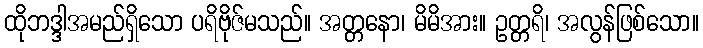
ထိုဘဒ္ဒါအမည်ရှိသော ပရိဗိုဇ်မသည်။ အတ္တနော၊ မိမိအား။ ဥတ္တရိ၊ အလွန်ဖြစ်သော။